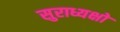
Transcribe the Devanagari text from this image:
सुराध्यक्षो